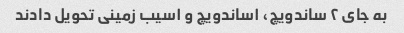
به جای ۲ ساندویچ، ۱ساندویچ و ۱سیب زمینی تحویل دادند